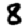
Digit: 8